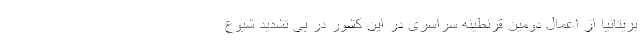
بریتانیا از اعمال دومین قرنطینه سراسری در این کشور در پی تشدید شیوع